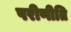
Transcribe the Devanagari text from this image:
परीणीति